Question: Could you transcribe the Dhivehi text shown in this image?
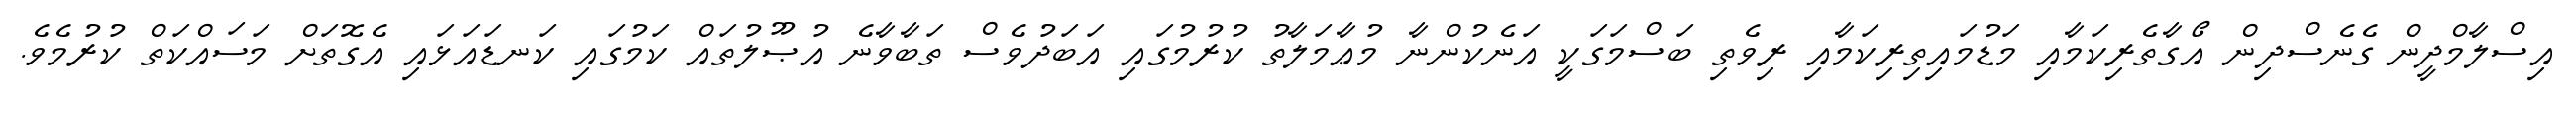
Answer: އިސްލާމްދީން ގެނެސްދިން އޯގާތެރިކަމާއި މަޑުމައިތިރިކަމާއި ރިވެތި ބަސްމަގަކީ އަނެކުންނާ މުޢާމަލާތު ކުރުމުގައި އަބަދުވެސް ތަބާވާނެ އުޞޫލުތައް ކަމުގައި ކަނޑައަޅައި އެގޮތަށް މަސައްކަތް ކުރުމެވެ.